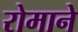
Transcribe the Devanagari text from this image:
रोमाने